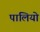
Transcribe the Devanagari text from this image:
पालियो